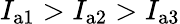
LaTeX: {I_{\mathrm{a1}}>I_{\mathrm{a2}}>I_{\mathrm{a3}}}